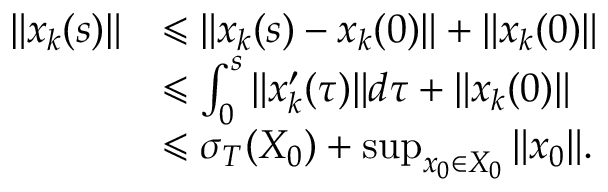
\begin{array} { r l } { \| x _ { k } ( s ) \| } & { \leqslant \| x _ { k } ( s ) - x _ { k } ( 0 ) \| + \| x _ { k } ( 0 ) \| } \\ & { \leqslant \int _ { 0 } ^ { s } \| x _ { k } ^ { \prime } ( \tau ) \| d \tau + \| x _ { k } ( 0 ) \| } \\ & { \leqslant \sigma _ { T } ( X _ { 0 } ) + \operatorname* { s u p } _ { x _ { 0 } \in X _ { 0 } } \| x _ { 0 } \| . } \end{array}